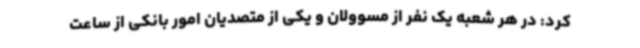
کرد: در هر شعبه یک نفر از مسوولان و یکی از متصدیان امور بانکی از ساعت